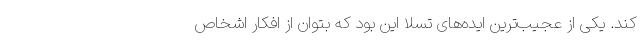
کند. یکی از عجیب‌ترین ایده‌های تسلا این بود که بتوان از افکار اشخاص